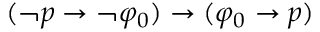
( \neg p \to \neg \varphi _ { 0 } ) \to ( \varphi _ { 0 } \to p )